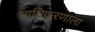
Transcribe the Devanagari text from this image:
प्राधिकरणाला